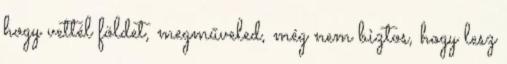
hogy vettél földet, megműveled, még nem biztos, hogy lesz